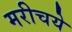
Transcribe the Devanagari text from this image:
मरीचये